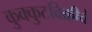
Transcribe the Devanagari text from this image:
कुक्कुटविक्रीचे